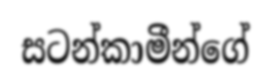
සටන්කාමීන්ගේ